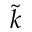
\Tilde { k }